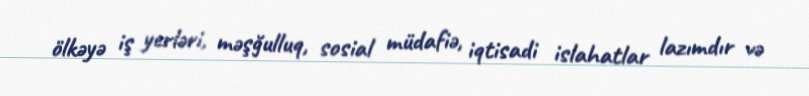
ölkəyə iş yerləri, məşğulluq, sosial müdafiə, iqtisadi islahatlar lazımdır və